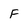
Character: F